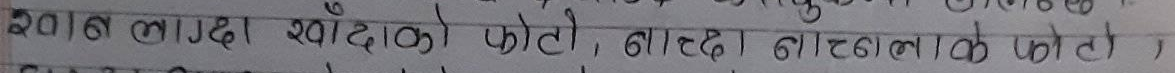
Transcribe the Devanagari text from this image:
2016 लाख खाँटको फोटो, लाखौं लाखको फोटो